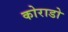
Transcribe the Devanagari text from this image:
कोराडो